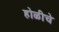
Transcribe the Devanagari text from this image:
होळीचे